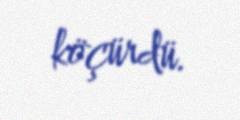
köçürdü.